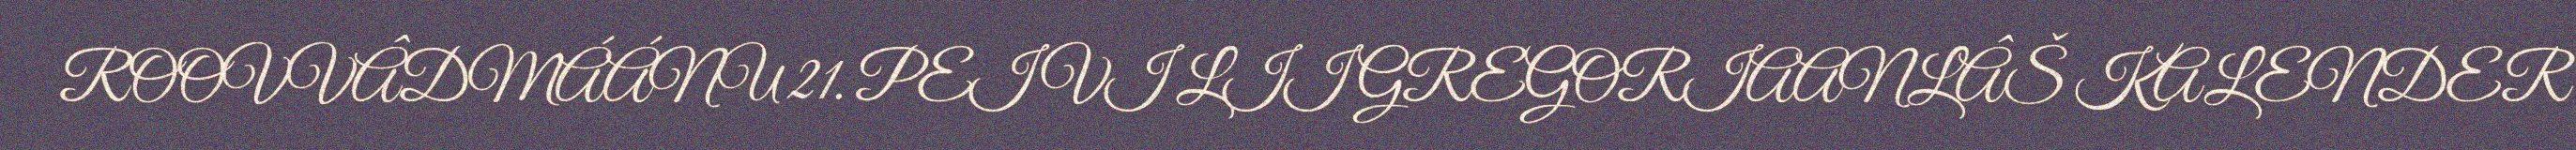
ROOVVÂDMÁÁNU 21. PEIVI LII GREGORIAANLÂŠ KALENDER